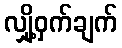
လျှို့ဝှက်ချက်